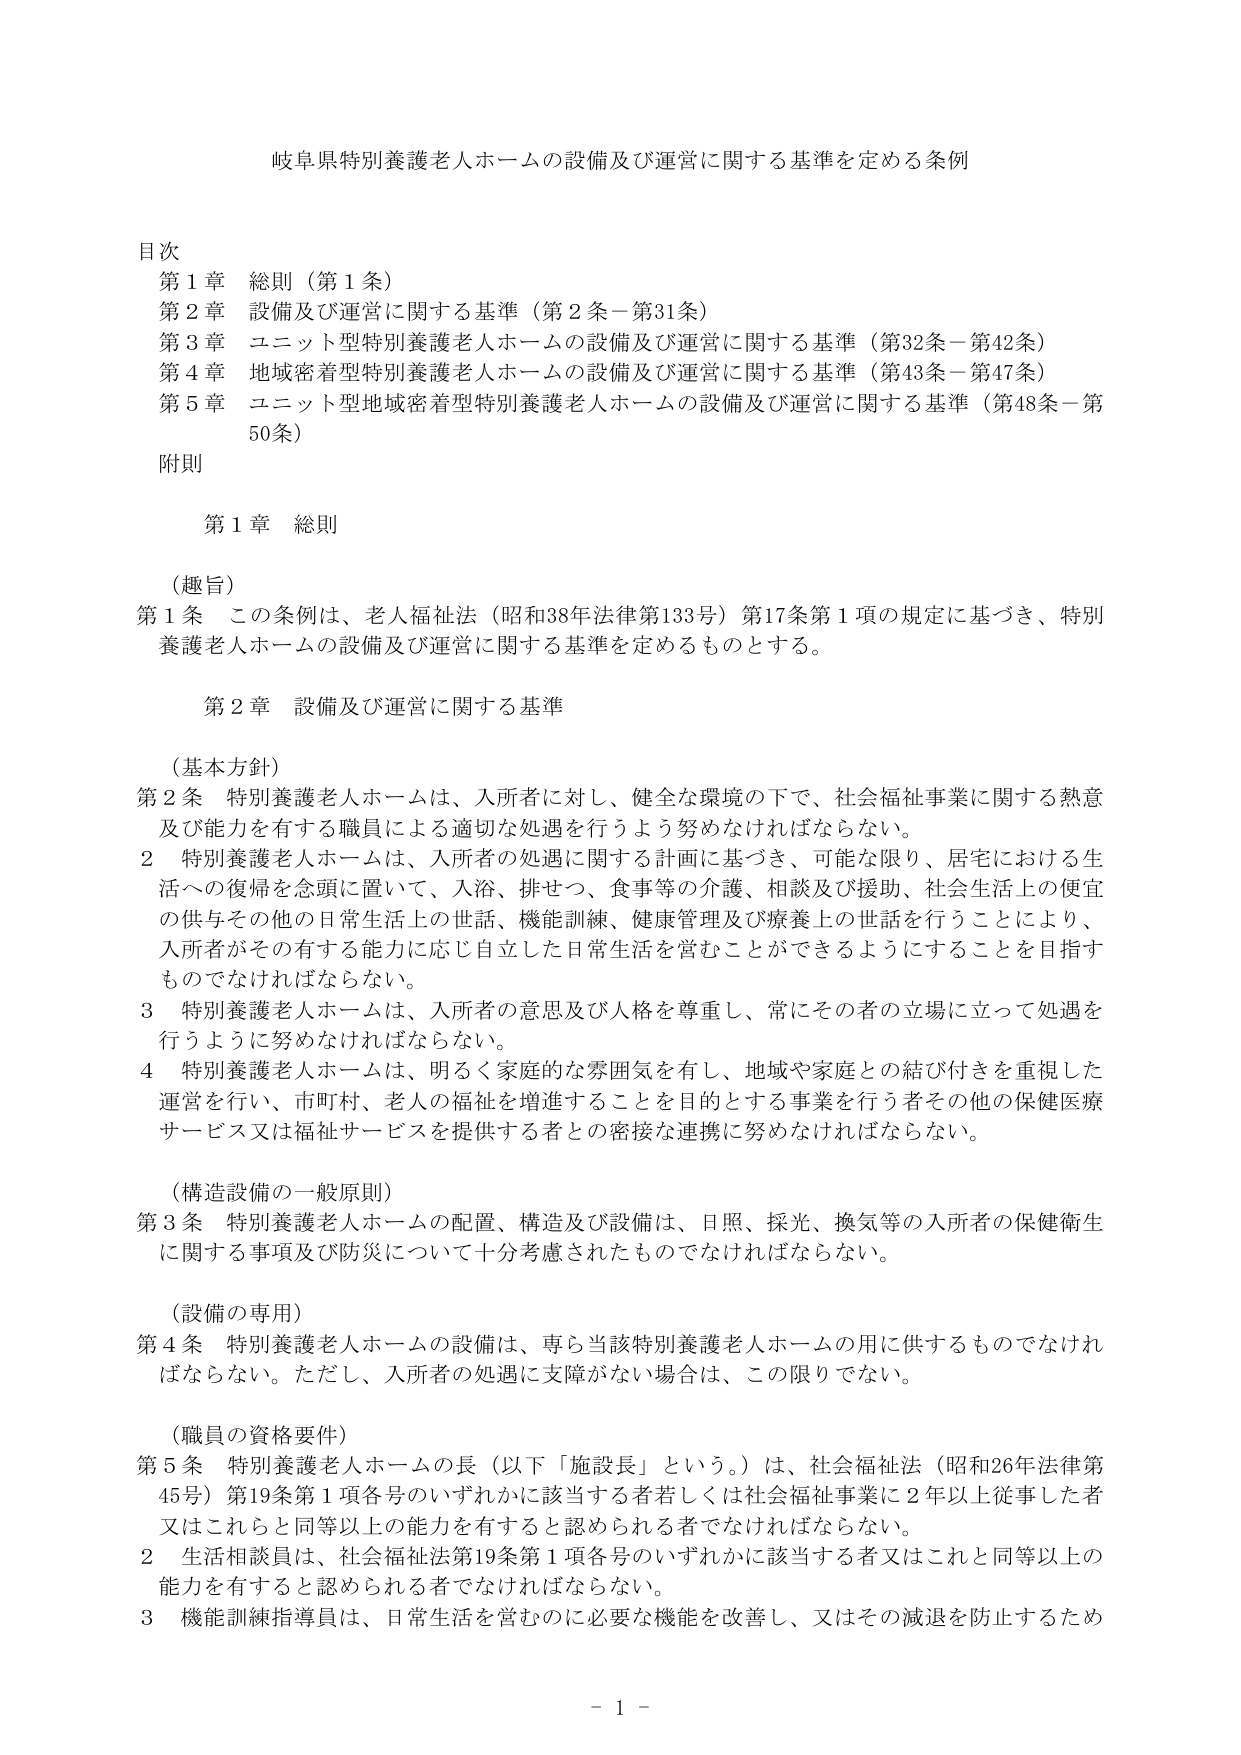
岐阜県特別養護老人ホームの設備及び運営に関する基準を定める条例

目次
第１章 総則（第１条）
第２章 設備及び運営に関する基準（第２条－第31条）
第３章 ユニット型特別養護老人ホームの設備及び運営に関する基準（第32条－第42条）
第４章 地域密着型特別養護老人ホームの設備及び運営に関する基準（第43条－第47条）
第５章 ユニット型地域密着型特別養護老人ホームの設備及び運営に関する基準（第48条－第50条）
附則

第１章 総則

（趣旨）
第１条 この条例は、老人福祉法（昭和38年法律第133号）第17条第１項の規定に基づき、特別養護老人ホームの設備及び運営に関する基準を定めるものとする。

第２章 設備及び運営に関する基準

（基本方針）
第２条 特別養護老人ホームは、入所者に対し、健全な環境の下で、社会福祉事業に関する熱意及び能力を有する職員による適切な処遇を行うよう努めなければならない。
２ 特別養護老人ホームは、入所者の処遇に関する計画に基づき、可能な限り、居宅における生活への復帰を念頭に置いて、入浴、排せつ、食事等の介護、相談及び援助、社会生活上の便宜の供与その他の日常生活上の世話、機能訓練、健康管理及び療養上の世話を行うことにより、入所者がその有する能力に応じ自立した日常生活を営むことができるようにすることを目指すものでなければならない。
３ 特別養護老人ホームは、入所者の意思及び人格を尊重し、常にその者の立場に立って処遇を行うように努めなければならない。
４ 特別養護老人ホームは、明るく家庭的な雰囲気を有し、地域や家庭との結び付きを重視した運営を行い、市町村、老人の福祉を増進することを目的とする事業を行う者その他の保健医療サービス又は福祉サービスを提供する者との密接な連携に努めなければならない。

（構造設備の一般原則）
第３条 特別養護老人ホームの配置、構造及び設備は、日照、採光、換気等の入所者の保健衛生に関する事項及び防災について十分考慮されたものでなければならない。

（設備の専用）
第４条 特別養護老人ホームの設備は、専ら当該特別養護老人ホームの用に供するものでなければならない。ただし、入所者の処遇に支障がない場合は、この限りでない。

（職員の資格要件）
第５条 特別養護老人ホームの長（以下「施設長」という。）は、社会福祉法（昭和26年法律第45号）第19条第１項各号のいずれかに該当する者若しくは社会福祉事業に２年以上従事した者又はこれらと同等以上の能力を有すると認められる者でなければならない。
２ 生活相談員は、社会福祉法第19条第１項各号のいずれかに該当する者又はこれと同等以上の能力を有すると認められる者でなければならない。
３ 機能訓練指導員は、日常生活を営むのに必要な機能を改善し、又はその減退を防止するため

- 1 -